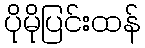
ပိုမိုပြင်းထန်